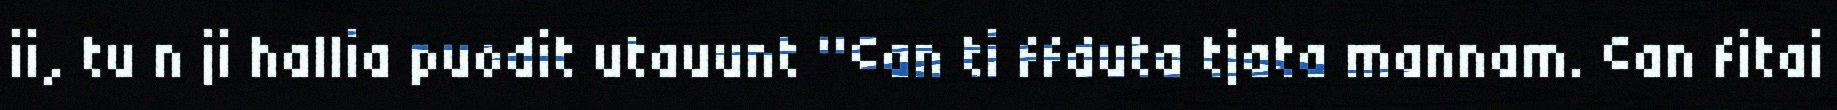
ii, tu n ji hallia puodit utauunt "©an ti ffduta tjata mannam. ©an fitai